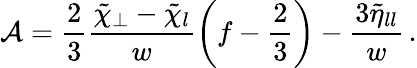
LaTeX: {\mathcal{A}}=\frac{2}{3}\frac{\tilde{\chi}_{\perp}-\tilde{\chi}_{l}}{w}\left(f-\frac{2}{3}\right)-\frac{3\tilde{\eta}_{ll}}{w}\, .